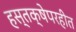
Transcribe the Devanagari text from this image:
हस्तक्षेपरहीत